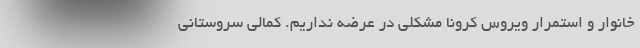
خانوار و استمرار ویروس کرونا مشکلی در عرضه نداریم. کمالی سروستانی